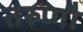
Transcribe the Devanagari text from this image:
तरुणौ